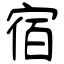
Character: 宿